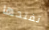
تفتحها